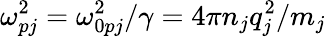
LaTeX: \omega_{pj}^{2}=\omega_{0pj}^{2}/\gamma=4\pi n_{j}q_{j}^{2}/m_{j}